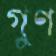
গুণ